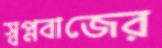
স্বপ্নবাজের